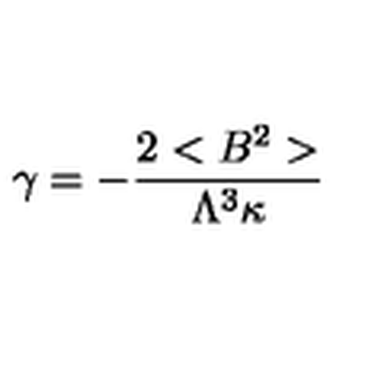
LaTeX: \gamma = - \frac { 2 < B ^ { 2 } > } { \Lambda ^ { 3 } \kappa }